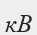
кВ